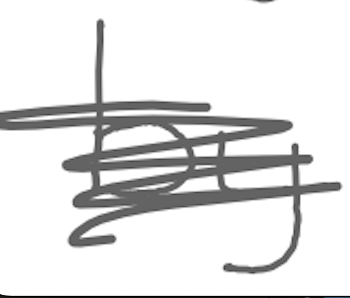
Text: by
Cross-out: scratch
Writing tool: digital_gray